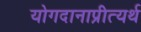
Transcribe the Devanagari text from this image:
योगदानाप्रीत्यर्थ